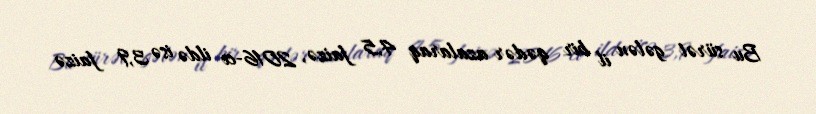
Bu sürət gələn il bir qədər azalaraq 4,5 faizə, 2016-cı ildə isə 3,9 faizə